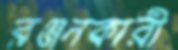
রঞ্জনকারী